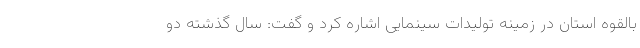
بالقوه استان در زمینه تولیدات سینمایی اشاره کرد و گفت: سال گذشته دو